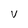
Character: V